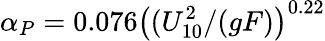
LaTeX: \alpha_{P}=0.076\left((U_{10}^{2}/(gF)\right)^{0.22}